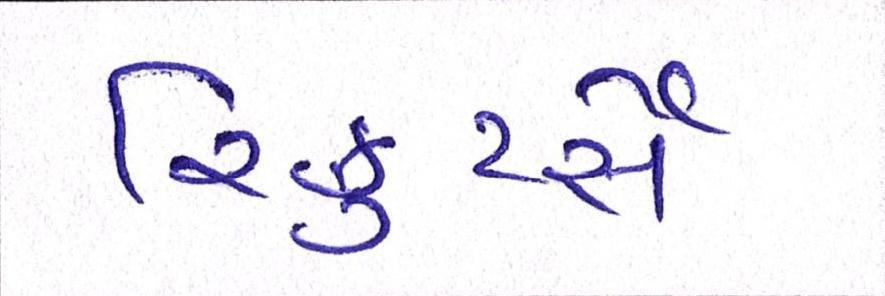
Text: રિક્રુટર્સે